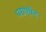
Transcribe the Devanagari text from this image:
पराएवेट